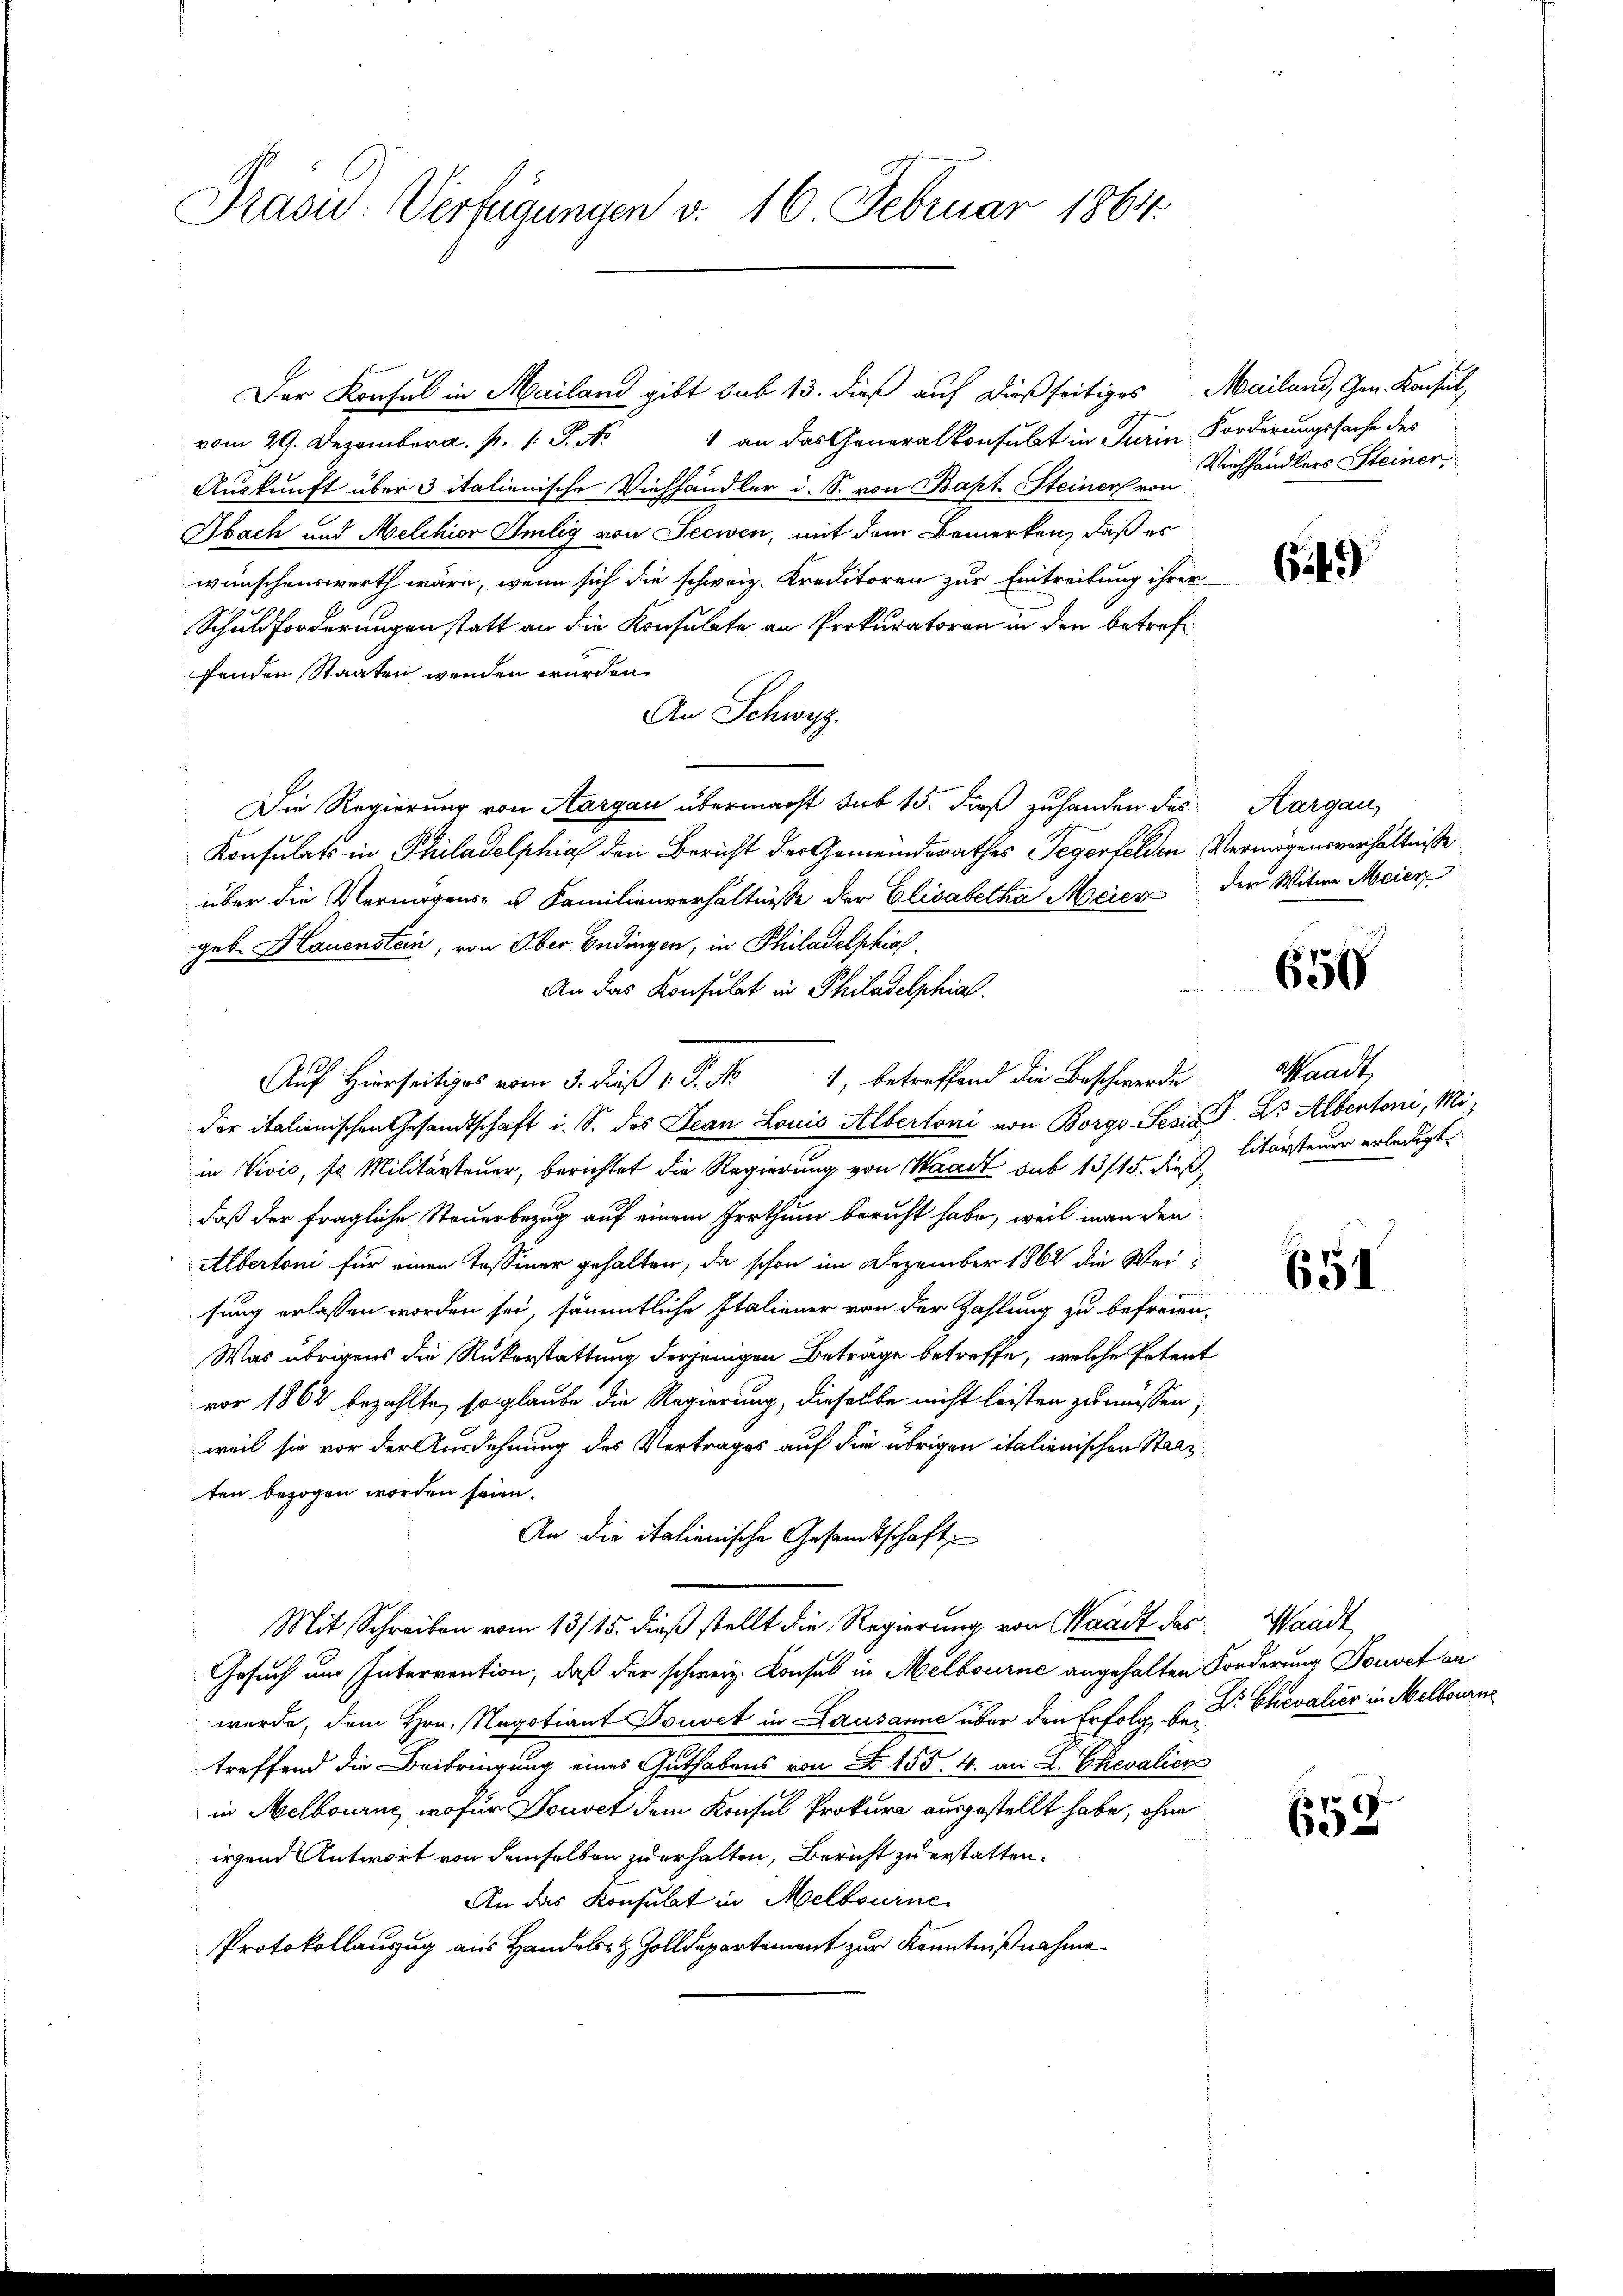
Präsid. Verfügungen v. 16. Februar 1864.

Der Konsul in Mailand gibt sub 13. dieß auf dießseitiges Mailand, Gen. Konsul,
1 an das Generalkonsubt in Turin Forderungssache des
vom 29. Dezember a. p. 1 P
Auskunft über 3 italienische Viehhändler d. S. von Bapt. Steiner von
Obach und Melchior Smlig von Seewen, mit dem Bemerken, daß es
wünschenswerth wäre, wenn sich die schweiz. Kreditoren zur Eintreibung ihrer
Schuldforderungen statt an die Konsulate an Prokuratoren in den betreffenden Staaten wenden wurden.
An Schwyz.
Die Regierung von Aargau übermacht sub 15. dieß zuhanden des Aargau,
Konsulats in Philadelphia den Bericht der Gemeinderathes Tegerfelden Vermögensverhältniße
über die Vermögens- u Familienverhältnisse der Elisabetha Meier der Witwe Meier
geb. Hauenstein, von Ober Endingen, in Philadelphia
An das Konsulat in Philadelphial.
Auf Hierseitiges vom 3. dieß P. Nr. 1, betreffend die Beschwerde Waadt,
der italienischen Gesandtschaft i. S. des Jean Louis Albertoni von Borgo-Sesis P. Dr Albertoni, Miin Vivić, so Militärsteuer, berichtet die Regierung von Waadt sub 13/15. dieß, litärsteuer erledigt
daß der fragliche Steuerbezug auf einem Irrthum bericht habe, weil wenden
Albertoni für einen Tessiner gehalten, da schon im Dezember 1862 die Weisung erlassen worden sei, sämmtliche Italiener von der Zahlung zu befreien-
Was übrigens die Rükerstattung derjenigen Beträge betreffe, welche Petent
vor 1862 bezahlte, so glaube die Regierung, dieselbe nicht leisten zu müssen,
weil sie vor der Ausdehnung des Vertrages auf die übrigen italienischen Stanzten bezogen worden seien.
An die italienische Gesandtschaft
Mit Schreiben vom 13/15. dieß stellt die Regierung von Waadt das Waadt,
Gesuch um Interrention, daß der schweiz. Konsul in Melbourne angehalten Forderung Souvet an
wurde, dem Hrn. Negotiant Douvet in Lausanne über den Erfolg, H. Dr Chevalier in Melbourne
treffend die Beibringung eines Guthabens von Ao. 155. 4. an L. Ehevalien
in Melbourne, wofür Souvet dem Konsul Prokura ausgestellt habe, ohne
irgend Antwort von demselben zu erhalten, Bericht zu erstatten.
An das Konsulat in Melbourne
Protokollauszug aus Handelst Zolldepartement zur Kenntnißnahme

Viehhändlers Steiner,

649

650

651

658